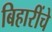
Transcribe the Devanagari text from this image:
बिहारींचे